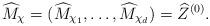
LaTeX: \begin{align*} \widehat M_\chi = (\widehat M_{\chi_1}, \dots, \widehat M_{\chi_d}) = \widehat Z^{(0)}.\end{align*}